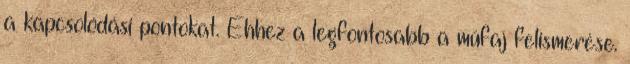
a kapcsolódási pontokat. Ehhez a legfontosabb a műfaj felismerése.